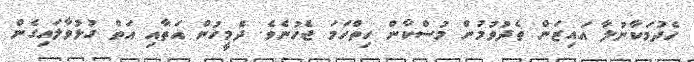
ހެދުމަކާނުލާ އައިޒަން ތެދުވުމުން މުސްކާން ހިތްހަމަ ޖެހުނެވެ. ދެމީހުން އަތާއި އަތް ގުޅުވާލައިގެން